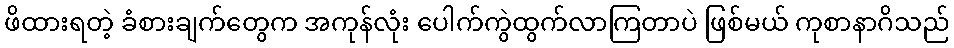
ဖိထားရတဲ့ ခံစားချက်တွေက အကုန်လုံး ပေါက်ကွဲထွက်လာကြတာပဲ ဖြစ်မယ် ကုစာနာဂိသည်